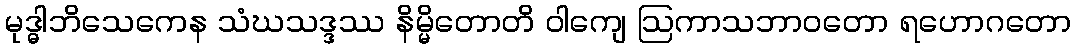
မုဒ္ဓါဘိသေကေန သံဃသဒ္ဒဿ နိမ္မိတောတိ ဝါကျေ ဩကာသဘာဝတော ရဟောဂတော